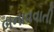
બનાવવાતી